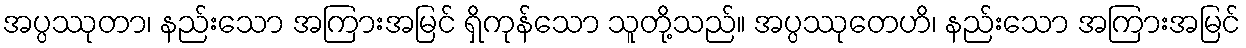
အပ္ပဿုတာ၊ နည်းသော အကြားအမြင် ရှိကုန်သော သူတို့သည်။ အပ္ပဿုတေဟိ၊ နည်းသော အကြားအမြင်